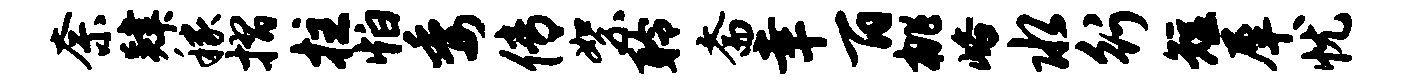
奈肄稼摺拄怕委传絮聆斋幸百桃峪水行短犀忧